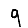
Digit: 9